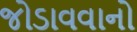
જોડાવવાનો